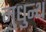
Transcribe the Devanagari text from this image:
मुधुन्थ